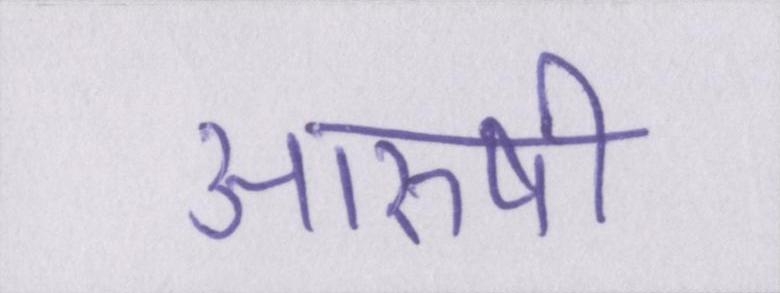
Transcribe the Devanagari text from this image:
आरुषी